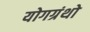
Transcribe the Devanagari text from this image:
योगग्रंथो